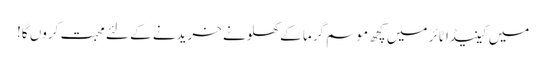
میں کینیڈا ٹائر میں کچھ موسم گرما کے کھلونے خریدنے کے لئے محبت کروں گا!